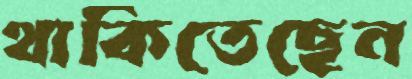
থাকিতেছেন